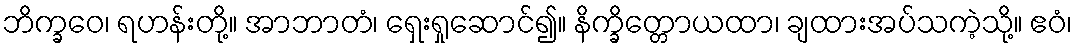
ဘိက္ခဝေ၊ ရဟန်းတို့။ အာဘာတံ၊ ရှေးရှုဆောင်၍။ နိက္ခိတ္တောယထာ၊ ချထားအပ်သကဲ့သို့။ ဧဝံ၊